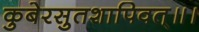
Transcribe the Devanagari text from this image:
कुबेरसुतशापिवत्‌॥।